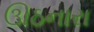
ઊઠનારા